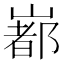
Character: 𡼞